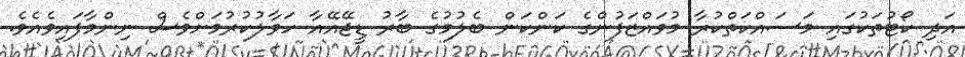
އަދި ކޯޓުތަކުގައި މަސައްކަތްކުރާ މުވައްޒަފުންގެ ކަންކަން ބެލުމުގެ ބާރު ޑީޖޭއޭއާ ހަވާލުކުރުމަށްވެސް ނިންމާފައިވެއެވެ.